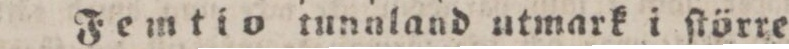
Femtio tunaland utmark i ſtörre